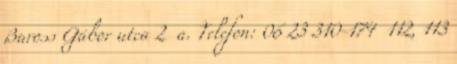
Baross Gábor utca 2 a. Telefon: 06 23 310-174 112, 113